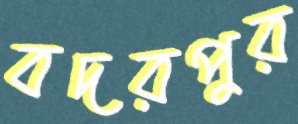
বদরপুর